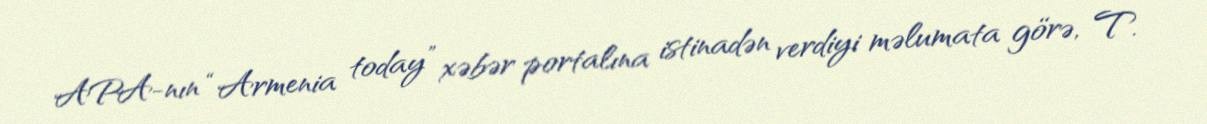
APA-nın “Armenia today” xəbər portalına istinadən verdiyi məlumata görə, T.